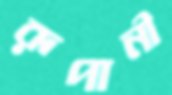
রূপানী